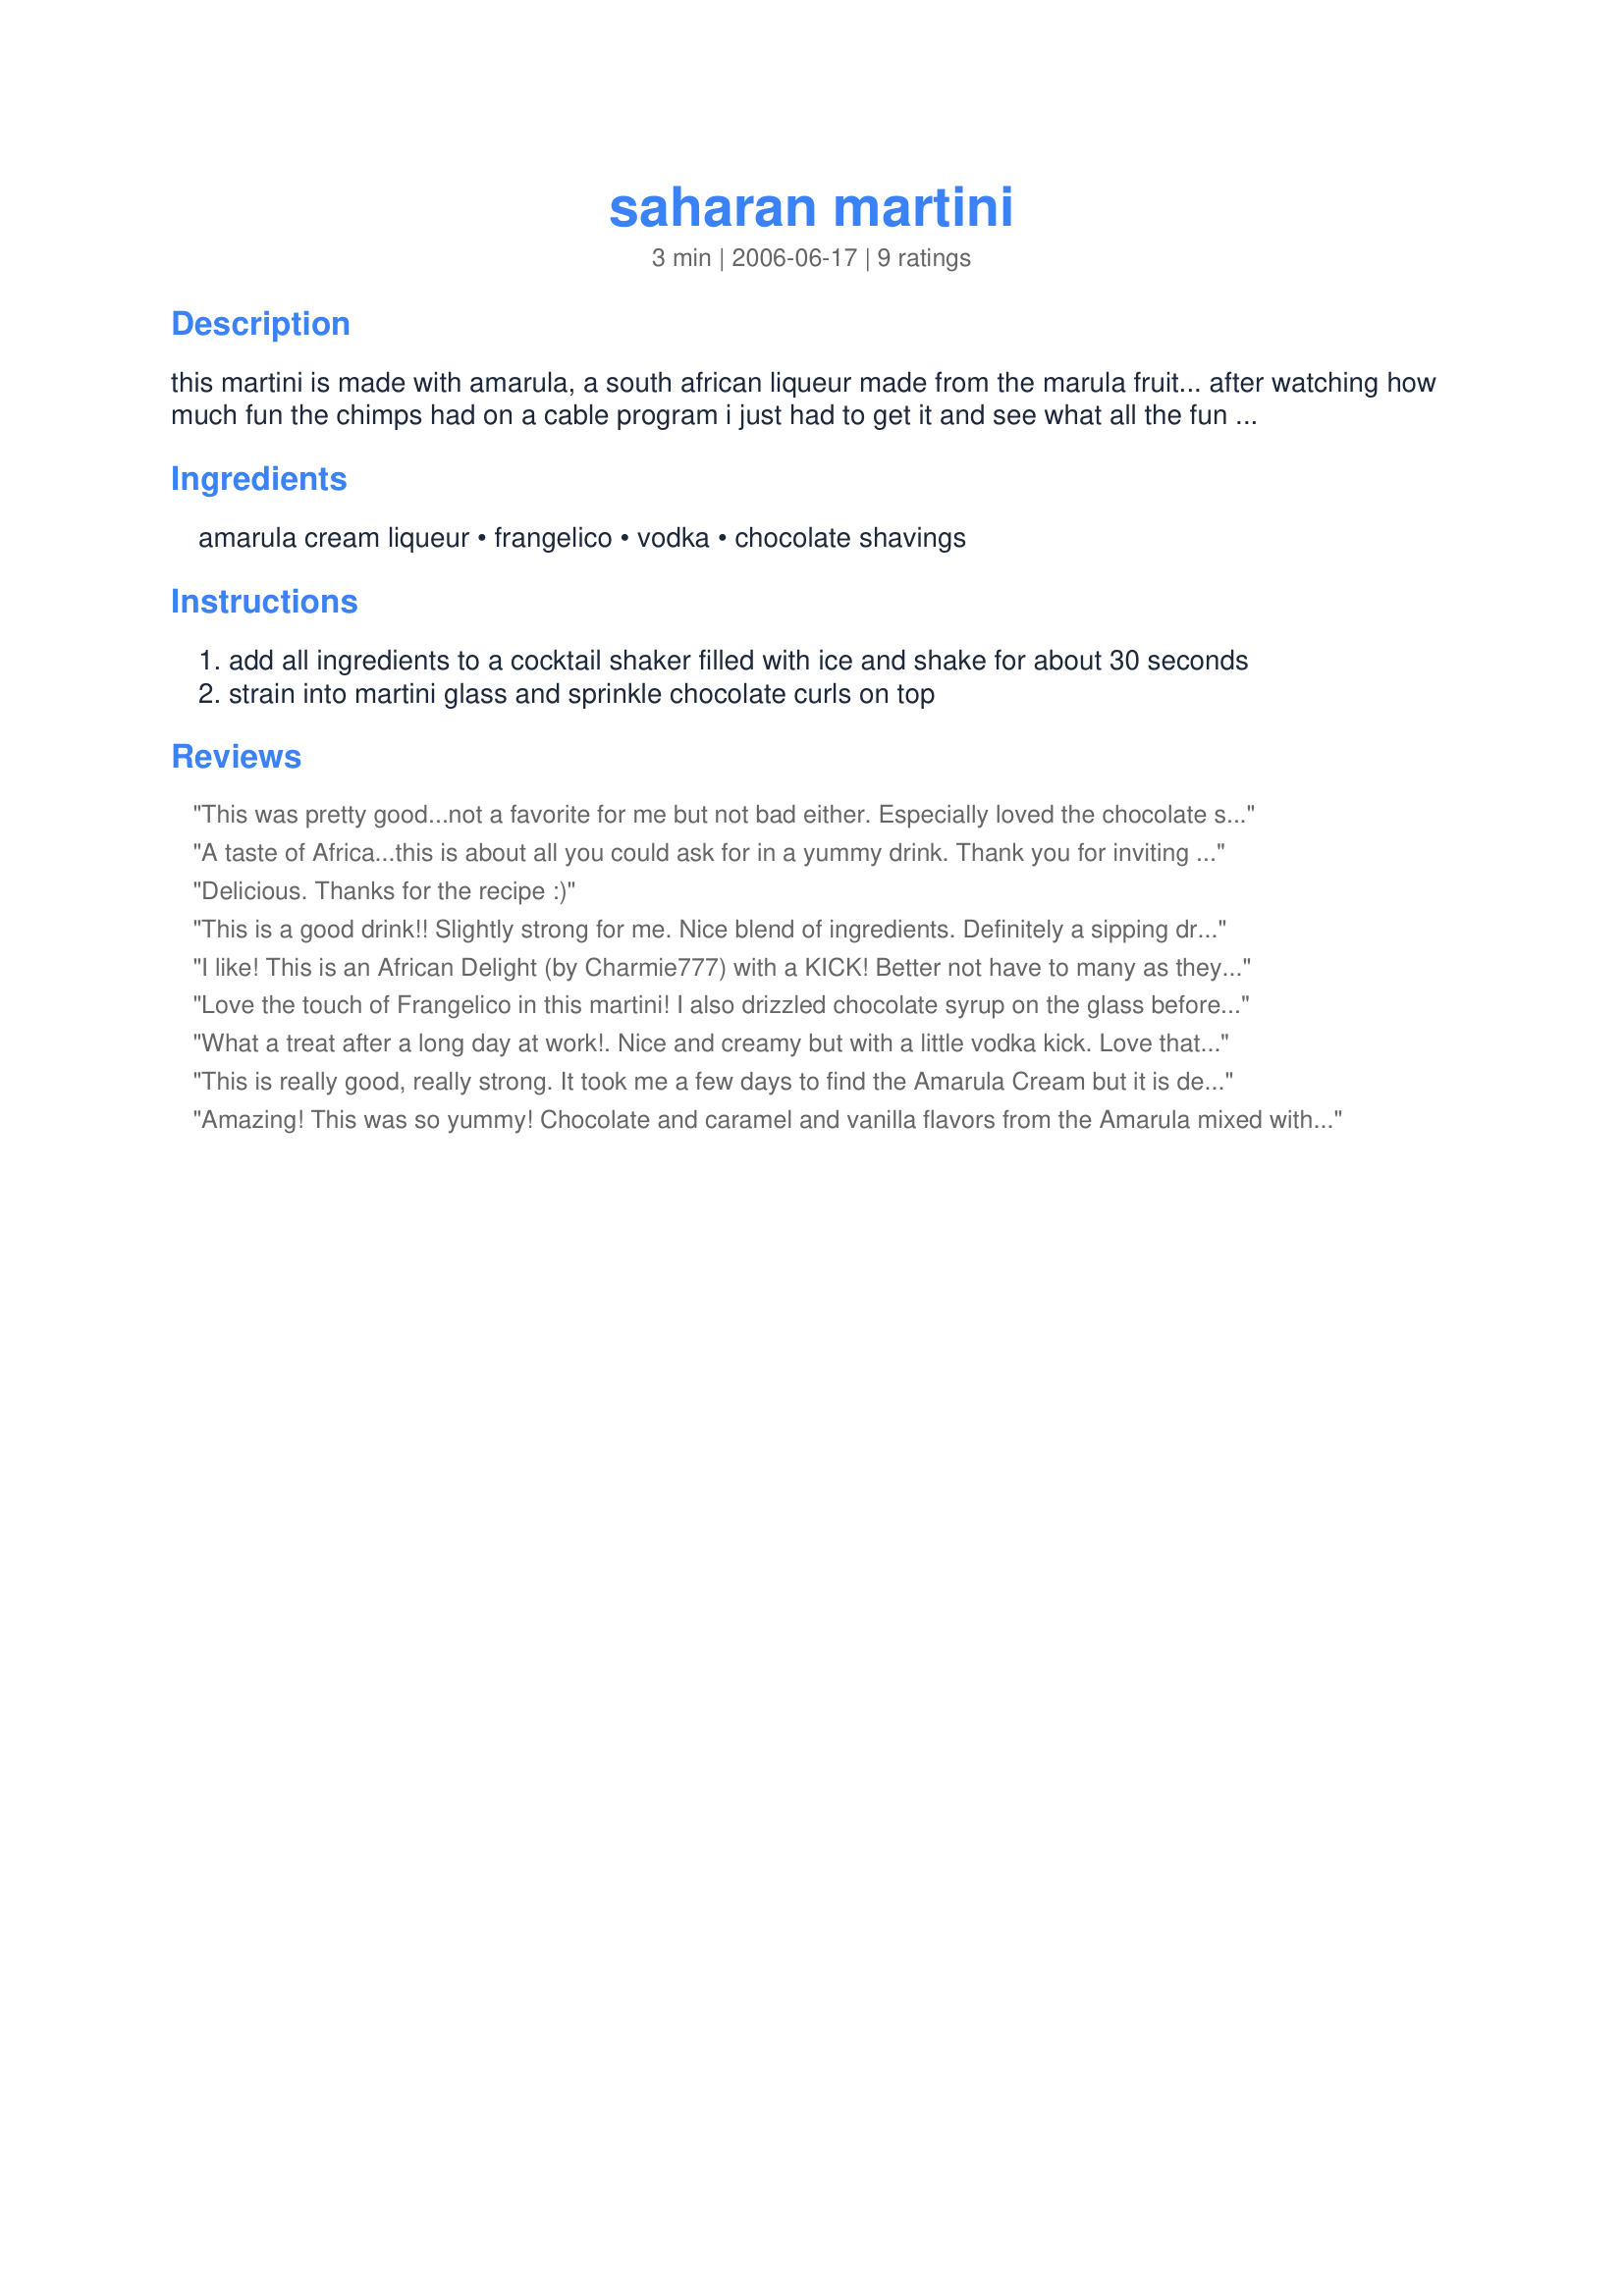
saharan martini
Preparation time: 3 minutes

this martini is made with amarula, a south african liqueur made from the marula fruit... after watching how much fun the chimps had on a cable program i just had to get it and see what all the fun was about. if you like the flavors of caramel and hints of chocolate and vanilla -- go buy a bottle... you can thank me later.

Ingredients:
amarula cream liqueur, frangelico, vodka, chocolate shavings

Steps:
add all ingredients to a cocktail shaker filled with ice and shake for about 30 seconds
strain into martini glass and sprinkle chocolate curls on top

Reviews:
This was pretty good...not a favorite for me but not bad either. Especially loved the chocolate shavings on top. Had fun with that. Made for ZWT4.
A taste of Africa...this is about all you could ask for in a yummy drink. Thank you for inviting me to take the Zaar World Tour!
Delicious. Thanks for the recipe :)
This is a good drink!! Slightly strong for me. Nice blend of ingredients. Definitely a sipping drink. I used a vegetable peeler and peeled some chocolate from a Hershey Candy Bar. Made for PAC Fall '08. Thanks for sharing your recipe!!!
I like! This is an African Delight (by Charmie777) with a KICK! Better not have to many as they will sneak up on you fast!! NcMysteryShopper thanks for another smooth creamy drink.
Love the touch of Frangelico in this martini! I also drizzled chocolate syrup on the glass before pouring in this wonderful concoction!
What a treat after a long day at work!. Nice and creamy but with a little vodka kick. Love that Amarula!
This is really good, really strong. It took me a few days to find the Amarula Cream but it is definitely worth it. I can't wait to serve this to my friends! Thanks!
Amazing! This was so yummy! Chocolate and caramel and vanilla flavors from the Amarula mixed with the hazelnut flavor of the Frangelico danced all over my taste buds! Thank you for a delicious treat!
